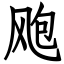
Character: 飑